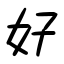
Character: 好